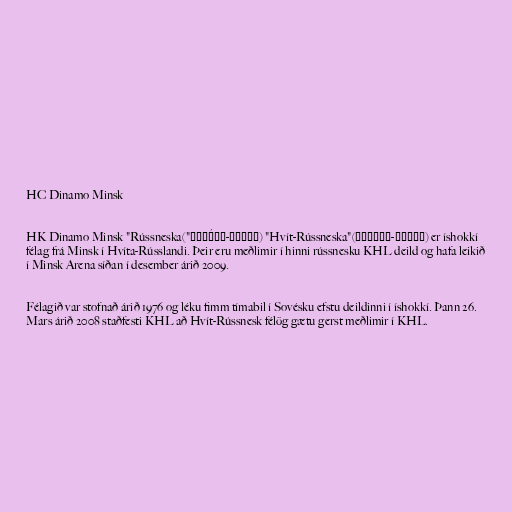
HC Dinamo Minsk

HK Dinamo Minsk "Rússneska("Дина́мо-Минск) "Hvít-Rússneska"(Дынама-Мінск) er íshokkí
félag frá Minsk í Hvíta-Rússlandi. Þeir eru meðlimir í hinni rússnesku KHL deild og hafa leikið
í Minsk Arena síðan í desember árið 2009.

Félagið var stofnað árið 1976 og léku fimm tímabil í Sovésku efstu deildinni í íshokkí. Þann 26.
Mars árið 2008 staðfesti KHL að Hvít-Rússnesk félög gætu gerst meðlimir í KHL.